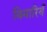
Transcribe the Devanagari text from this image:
बिमारियँ